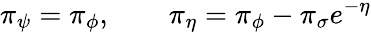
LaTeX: {\pi}_{\psi}={\pi}_{\phi},\qquad{\pi}_{\eta}={\pi}_{\phi}-{\pi}_{\sigma}e^{-\eta}